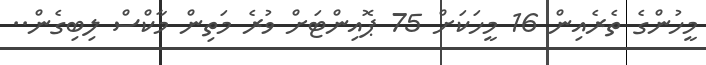
މީހުންގެ ތެރެއިން 16 މީހަކަށް 75 ޕޮއިންޓަށް ވުރެ މަތިން މާކްސް ލިބިގެން..